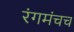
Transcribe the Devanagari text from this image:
रंगमंचच